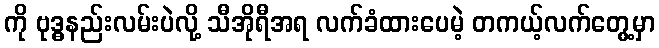
ကို ဗုဒ္ဓနည်းလမ်းပဲလို့ သီအိုရီအရ လက်ခံထားပေမဲ့ တကယ့်လက်တွေ့မှာ